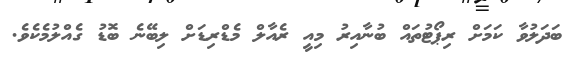
ބަދަލުވާ ކަމަށް ރިޕޯޓުތައް ބުނާއިރު މިއީ ރެއާލް މެޑްރިޑަށް ލިބޭނެ ބޮޑު ގެއްލުމެކެވެ.